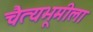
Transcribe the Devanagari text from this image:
चैत्यभूमीला